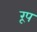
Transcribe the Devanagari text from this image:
रूप्‍ा